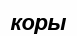
коры